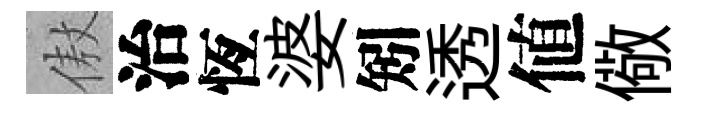
傲治恆婆矧透値儆